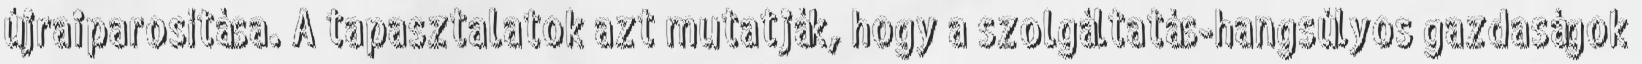
újraiparosítása. A tapasztalatok azt mutatják, hogy a szolgáltatás-hangsúlyos gazdaságok